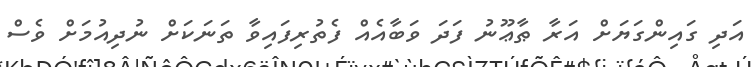
އަދި ގައިންގަޔަށް އަރާ ޠާޢޫނު ފަދަ ވަބާއެއް ފެތުރިފައިވާ ތަނަކަށް ނުދިއުމަށް ވެސް